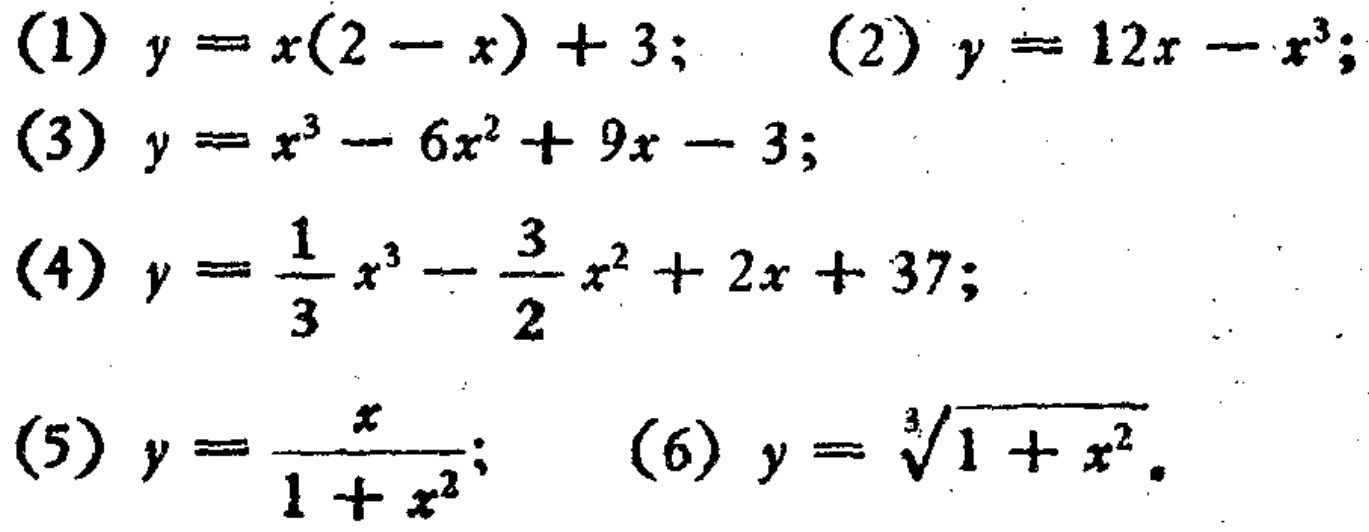
(1) \(y = x(2 - x)+3\); (2) \(y = 12x - x^{3}\);
(3) \(y = x^{3}-6x^{2}+9x - 3\);
(4) \(y=\frac{1}{3}x^{3}-\frac{3}{2}x^{2}+2x + 37\);
(5) \(y=\frac{x}{1 + x^{2}}\); (6) \(y=\sqrt[3]{1 + x^{2}}\)